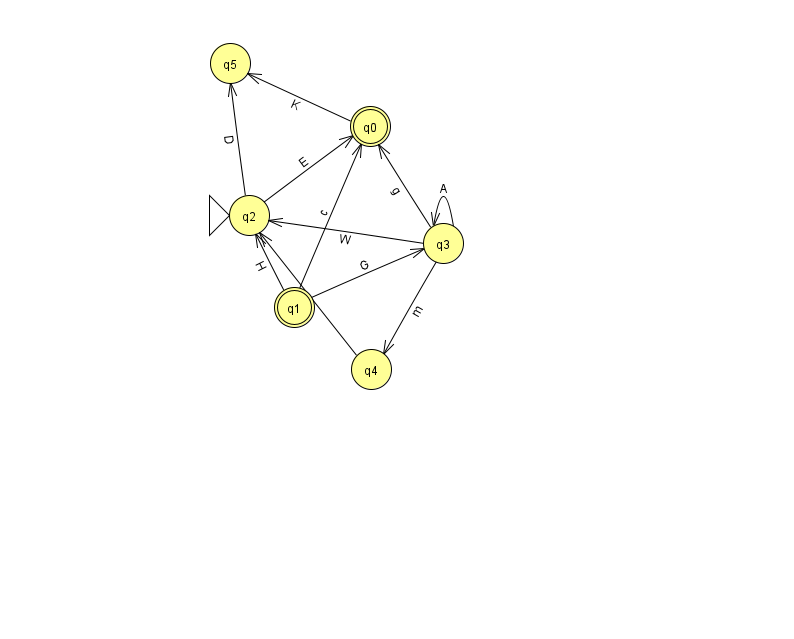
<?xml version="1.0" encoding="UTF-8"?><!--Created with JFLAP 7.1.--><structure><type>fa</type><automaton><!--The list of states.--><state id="0" name="q0"><x>370.0</x><y>113.0</y><final/></state><state id="1" name="q1"><x>294.0</x><y>294.0</y><final/></state><state id="2" name="q2"><x>249.0</x><y>202.0</y><initial/></state><state id="3" name="q3"><x>443.0</x><y>230.0</y></state><state id="4" name="q4"><x>371.0</x><y>356.0</y></state><state id="5" name="q5"><x>230.0</x><y>50.0</y></state><!--The list of transitions.--><transition><from>3</from><to>3</to><read>A</read></transition><transition><from>3</from><to>4</to><read>m</read></transition><transition><from>0</from><to>5</to><read>K</read></transition><transition><from>2</from><to>5</to><read>D</read></transition><transition><from>4</from><to>2</to><read>G</read></transition><transition><from>3</from><to>0</to><read>g</read></transition><transition><from>1</from><to>0</to><read>c</read></transition><transition><from>2</from><to>0</to><read>E</read></transition><transition><from>3</from><to>2</to><read>W</read></transition><transition><from>1</from><to>3</to><read>G</read></transition><transition><from>1</from><to>2</to><read>H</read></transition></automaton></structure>